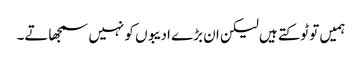
ہمیں تو ٹوکتے ہیں لیکن ان بڑے ادیبوں کو نہیں سمجھاتے۔